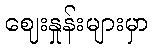
ဈေးနှုန်းများမှာ